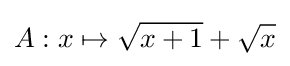
A:x\mapsto {\sqrt {x+1}}+{\sqrt {x}}